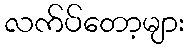
လက်ပ်တော့များ